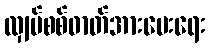
လျှပ်စစ်ဓာတ်အားပေးရေး